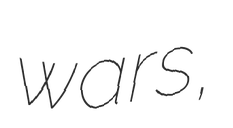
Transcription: wars,